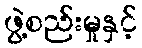
ဖွဲ့စည်းမှုနှင့်